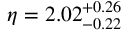
\eta = 2 . 0 2 _ { - 0 . 2 2 } ^ { + 0 . 2 6 }